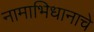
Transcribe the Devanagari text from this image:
नामाभिधानाचे